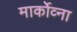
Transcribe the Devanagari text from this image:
मार्कोव्ना